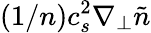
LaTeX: (1/n)c_{s}^{2}\nabla_{\perp}\tilde{n}